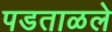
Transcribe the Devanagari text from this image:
पडताळले